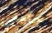
جامعي